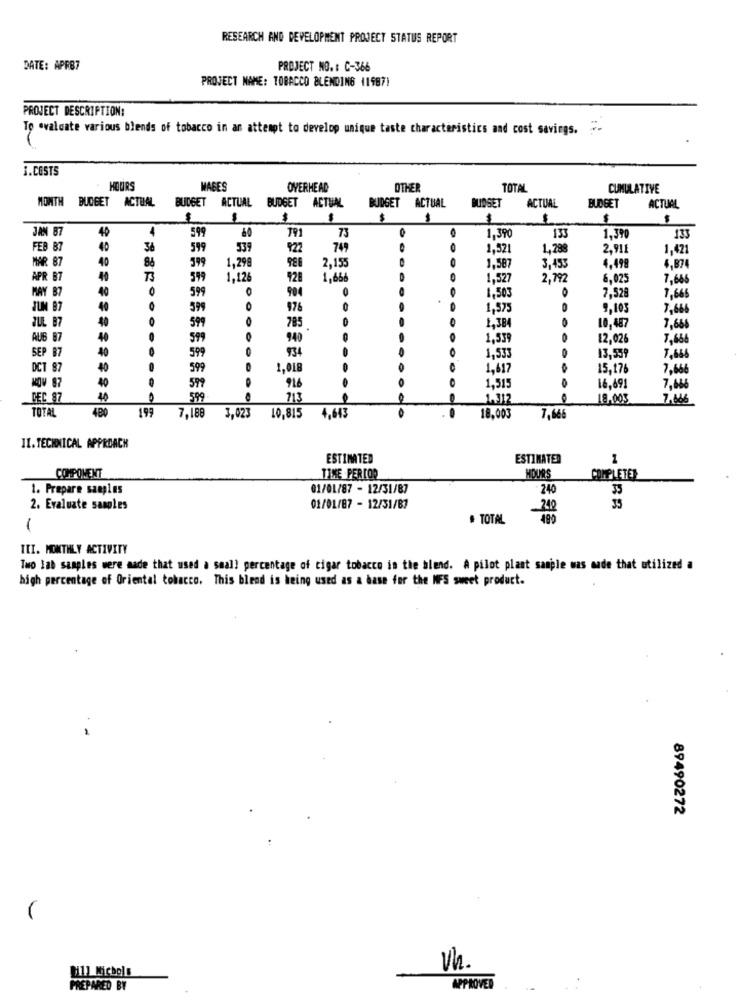
RESEARCH AND DEVELOPMENT PROJECT STATUS REPORT
DATE: APR87
PROJECT NO. : C-366
PROJECT NAME: TOBACCO BLENDING (1987)
PROJECT DESCRIPTION:
To evaluate various blends of tobacco in an attempt to develop unique taste characteristics and cost savings.
1.COSTS
HOURS
MAGES
OVERHEAD
OTHER
TOTAL
CUMULATIVE
MONTH
BUDGET ACTUAL
BUDGET ACTUAL BUDGET ACTUAL
BUDGET ACTUAL
BUDGET
ACTUAL
BUDGET
ACTUAL
$
$
$
$
JAN 87
40
4
599
60
1.390
73
O
130
1.390
133
FEB 87
40
36
599
539
922
749
1,521
1,298
2.911
1,421
MAR 87
40
88
1,298
988
4.498
599
2,155
1,587
3.453
4,874
APR B7
73
599
1,12
928
1,666
1,527
2,792
6.025
7,666
MAY 87
O
904
1.503
O
7,528
599
.
7,66
JUM 97
599
O
976
1,575
0
9,103
7,666
785
10,487
JUL 87
40
599
1,384
7,668
AUB 87
40
599
940
1,539
12.026
7,666
SEP B7
599
934
1,533
13,539
7,656
DCT 87
599
1,018
1,617
15,17
7,666
KOV 87
1,515
599
916
16,691
7,666
DEC 87
599
713
1.312
18.005
7.666
TOTAL
480
199 7,189 3,023 10,815 4,643
0
18.003
7,666
IL. TECHNICAL APPROACH
ESTIMATED
ESTIMATED
1
COMPONENT
TIME PER COR
HOURS
COMPLETER
1. Prepare samples
01/01/87 - 12/31/87
240
35
2. Evaluate samples
01/01/87 - 12/31/87
240
35
# TOTAL
1
III. MONTHLY ACTIVITY
Two lab samples were made that used a small percentage of cigar tobacco in the blend. A pilot plant sample was made that utilized a
high percentage of Oriental tobacco. This blend is being used as a base for the NFS sweet product.
89490272
Vh.
[11] Nichols
PREPARED BY
APPROVED